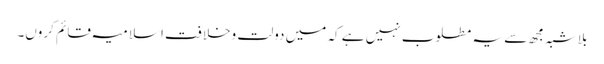
بلاشبہ مجھ سے یہ مطلوب نہیں ہے کہ میں دولت وخلافت اسلامیہ قائم کروں۔